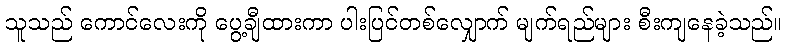
သူသည် ကောင်လေးကို ပွေ့ချီထားကာ ပါးပြင်တစ်လျှောက် မျက်ရည်များ စီးကျနေခဲ့သည်။